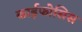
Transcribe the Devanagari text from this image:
काईफोसिस